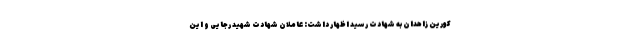
کورین زاهدان به شهادت رسید اظهار داشت: عاملان شهادت شهید رجایی و این